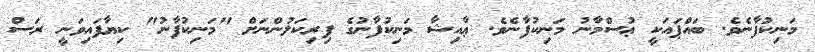
މަނިކުފާނެވެ. ބައްޕައަކީ ޢުސްމާނު މަނިކުފާނެވެ. ޢާއިޝާ މަނިކުފާނުގެ ފިރިކަލުންނަށް "މަނިކުފާނު" ކިޔާފައިވަނީ ރަސް